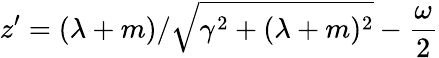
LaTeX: z^{\prime}=(\lambda+m)/\sqrt{\gamma^{2}+(\lambda+m)^{2}}-\frac{\omega}{2}